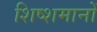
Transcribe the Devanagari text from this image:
शिष्शमानों